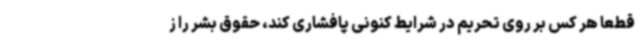
قطعا هر کس بر روی تحریم در شرایط کنونی پافشاری کند، حقوق بشر را ز